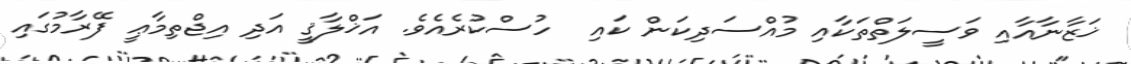
ޚަޒާނާއާއި ވަސީލަތްތަކާއި މުއްސަދިކަން ކައި  ހުސްކުރެއެވެ. އަޚްލާޤީ އަދި އިޖްތިމާޢީ ފޭރާމުގައި